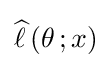
{\widehat {\ell \,}}(\theta \,;x)